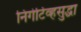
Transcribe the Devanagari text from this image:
निगेटिव्हसुद्धा